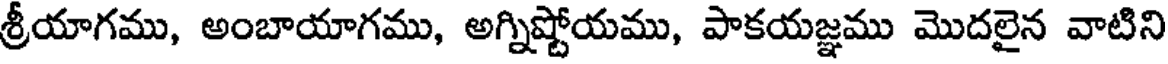
శ్రీయాగము, అంబాయాగము, అగ్నిష్టోయము, పాకయజ్ఞము మొదలైన వాటిని